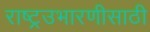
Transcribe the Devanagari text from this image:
राष्ट्रउभारणीसाठी